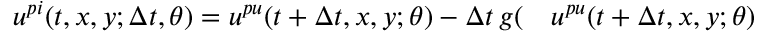
\begin{array} { r l } { u ^ { p i } ( t , x , y ; \Delta t , \theta ) = u ^ { p u } ( t + \Delta t , x , y ; \theta ) - \Delta t \, g ( } & { { } u ^ { p u } ( t + \Delta t , x , y ; \theta ) } \end{array}